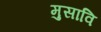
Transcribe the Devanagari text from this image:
मुसावि